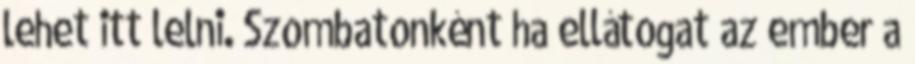
lehet itt lelni. Szombatonként ha ellátogat az ember a